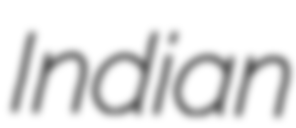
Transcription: Indian